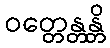
ဝတ္တေန္တန္တိ